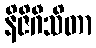
နိဇိဂီသိတာ